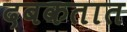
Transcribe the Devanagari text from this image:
दबकतात